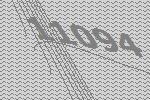
11094